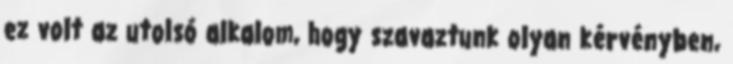
ez volt az utolsó alkalom, hogy szavaztunk olyan kérvényben,